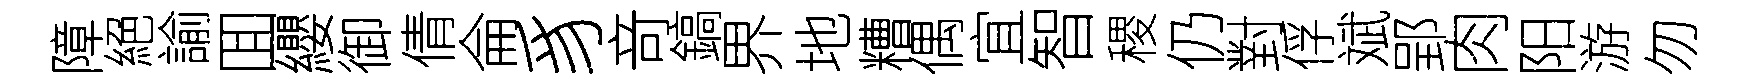
障絕諭囬纓御倩侖豸竒鎬界地糟偶宜智稷仍對俘斌郢肉阳游勿